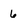
Character: 6